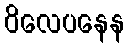
ဝိလေပနေန